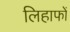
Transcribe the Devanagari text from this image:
लिहाफों